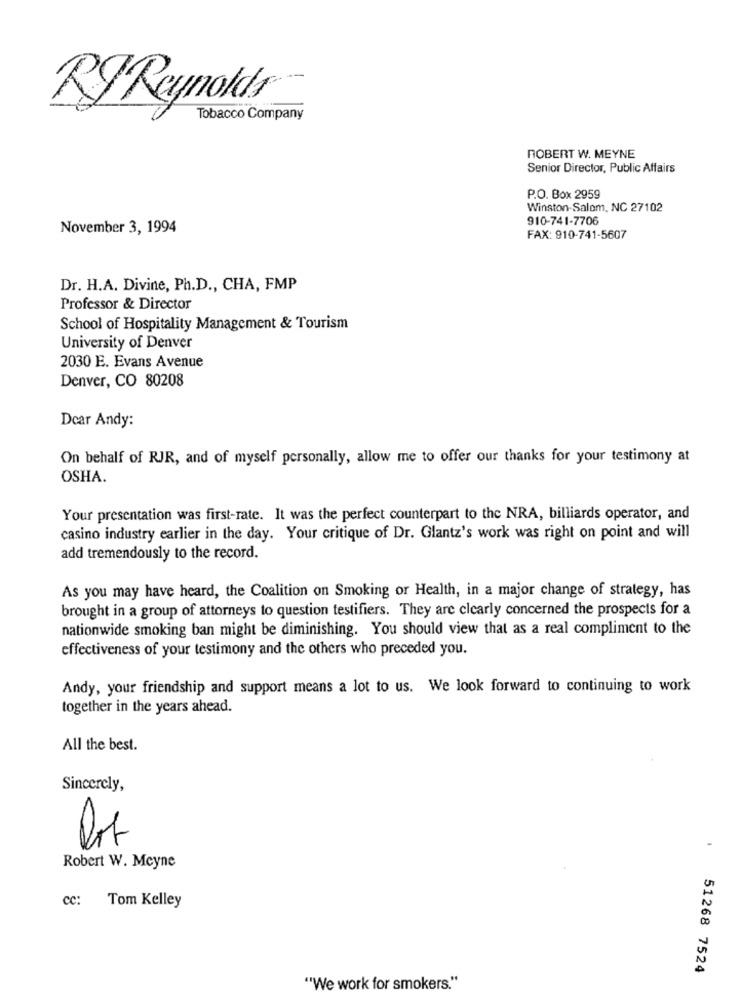
RJ Reynolds
Tobacco Company
ROBERT W. MEYNE
Senior Director, Public Affairs
P.O. Box 2959
Winston-Salem, NC 27102
910-741-7706
November 3, 1994
FAX: 910-741-5607
Dr. H.A. Divine, Ph.D ., CHA, FMP
Professor & Director
School of Hospitality Management & Tourism
University of Denver
2030 E. Evans Avenue
Denver, CO 80208
Dear Andy:
On behalf of RJR, and of myself personally, allow me to offer our thanks for your testimony at
OSHA.
Your presentation was first-rate. It was the perfect counterpart to the NRA, billiards operator, and
casino industry earlier in the day. Your critique of Dr. Glantz's work was right on point and will
add tremendously to the record.
As you may have heard, the Coalition on Smoking or Health, in a major change of strategy, has
brought in a group of attorneys to question testifiers. They are clearly concerned the prospects for a
nationwide smoking ban might be diminishing. You should view that as a real compliment to the
effectiveness of your testimony and the others who preceded you.
Andy, your friendship and support means a lot to us. We look forward to continuing to work
together in the years ahead.
All the best.
Sincerely,
Robert W. Mcyne
cc:
Tom Kelley
51268 7524
"We work for smokers."